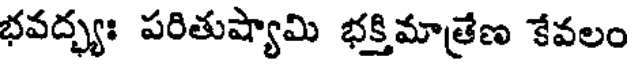
భవద్భ్యః పరితుష్యామి భక్తిమాత్రేణ కేవలం